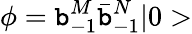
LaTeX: \phi=\mathtt{b}_{-1}^{M}\bar{{\mathtt{b}}}_{-1}^{N}\vert0>